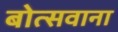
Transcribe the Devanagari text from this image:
बोत्‍सवाना